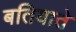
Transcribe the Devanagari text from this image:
बतियाते